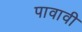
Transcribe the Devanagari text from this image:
पावावी